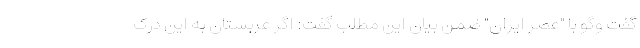
گفت وگو با "عصر ایران" ضمن بیان این مطلب گفت: اگر عربستان به این درک